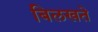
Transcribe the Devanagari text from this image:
बिलखते